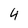
Character: 4